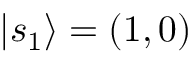
| s _ { 1 } \rangle = ( 1 , 0 )